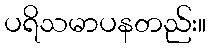
ပရိသမာပနတည်း။